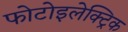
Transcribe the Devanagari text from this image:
फोटोइलेक्ट्रिक